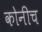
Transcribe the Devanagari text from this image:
कोनीच